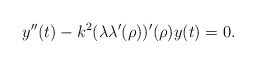
\begin{align*}y''(t)-k^2(\lambda\lambda'(\rho))'(\rho)y(t)=0.\end{align*}